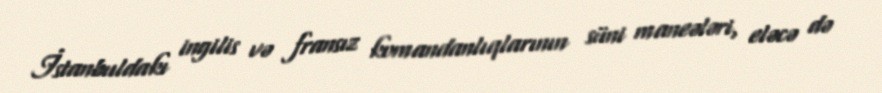
İstanbuldakı ingilis və fransız komandanlıqlarının süni maneələri, eləcə də